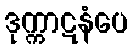
ဒုက္ကာဋနံပေ